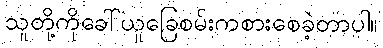
သူတို့ကိုခေါ်ယူခြေစမ်းကစားစေခဲ့တာပါ။